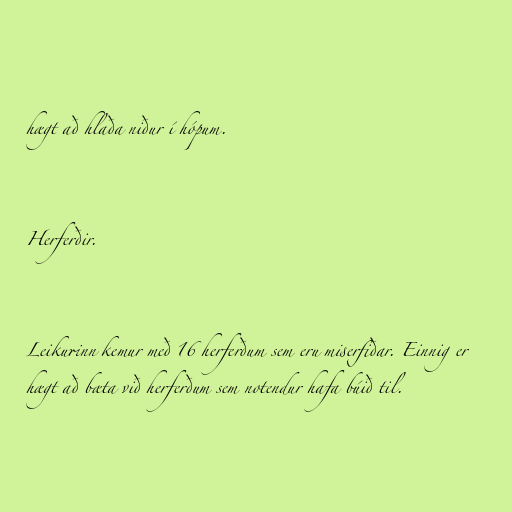
hægt að hlaða niður í hópum.

Herferðir.

Leikurinn kemur með 16 herferðum sem eru miserfiðar. Einnig er
hægt að bæta við herferðum sem notendur hafa búið til.